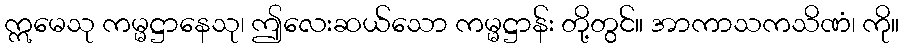
ဣမေသု ကမ္မဋ္ဌာနေသု၊ ဤလေးဆယ်သော ကမ္မဋ္ဌာန်း တို့တွင်။ အာကာသကသိဏံ၊ ကို။